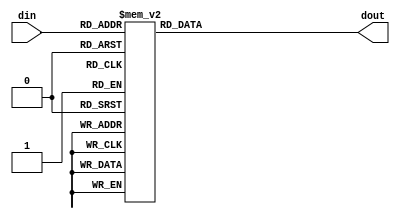
`timescale 1ns / 1ps
//////////////////////////////////////////////////////////////////////////////////
// Company: 
// Engineer: 
// 
// Design Name: 
// Module Name: mini_sub
// Project Name: 
// Target Devices: 
// Tool Versions: 
// Description: 
// 
// Dependencies: 
// 
// Revision:
// Revision 0.01 - File Created
// Additional Comments:
// 
//////////////////////////////////////////////////////////////////////////////////


module mini_sub(din,dout);
input [3:0] din;
output reg[3:0]  dout;



always @ (din) begin
case(din)
4'b0000:dout<=4'b1100;
4'b0001:dout<=4'b0101;
4'b0010:dout<=4'b0110;
4'b0011:dout<=4'b1011;
4'b0100:dout<=4'b1001;
4'b0101:dout<=4'b0000;
4'b0110:dout<=4'b1010;
4'b0111:dout<=4'b1101;
4'b1000:dout<=4'b0011;
4'b1001:dout<=4'b1110;
4'b1010:dout<=4'b1111;
4'b1011:dout<=4'b1000;
4'b1100:dout<=4'b0100;
4'b1101:dout<=4'b0111;
4'b1110:dout<=4'b0001;
4'b1111:dout<=4'b0010;


endcase



end
endmodule